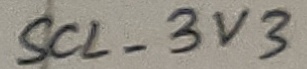
Text: SCL_3V3